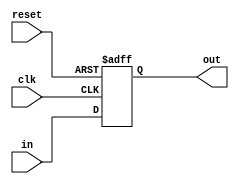
`timescale 1ns / 1ps
//////////////////////////////////////////////////////////////////////////////////
// Company: 
// Engineer: 
// 
// Design Name: 
// Module Name: dff_32bits
// Project Name: 
// Target Devices: 
// Tool Versions: 
// Description: 
// 
// Dependencies: 
// 
// Revision:
// Revision 0.01 - File Created
// Additional Comments:
// 
//////////////////////////////////////////////////////////////////////////////////


module dff_32bits(
input clk,
input reset,
input [31:0]in,
output reg [31:0]out
    );
    
    always @(posedge clk or negedge reset)begin
    if(reset==0)out<=0;
    else out<=in;
    end
endmodule